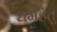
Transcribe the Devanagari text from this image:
धर्महेतु